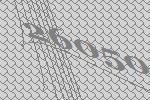
26050